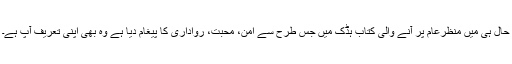
حال ہی میں منظرعام پر آنے والی کتاب ہڈک میں جس طرح سے امن، محبت، رواداری کا پیغام دیا ہے وہ بھی اپنی تعریف آپ ہے۔